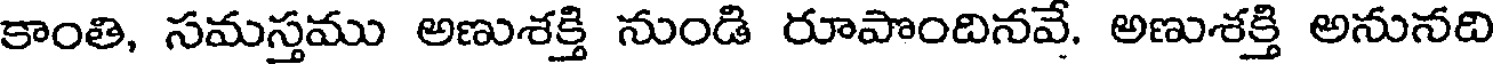
కాంతి, సమస్తము అణుశక్తి నుండి రూపొందినవే. అణుశక్తి అనునది